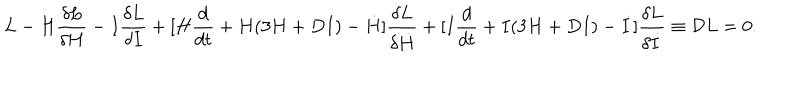
L - H { \frac { \delta L } { \delta H } } - I { \frac { \delta L } { \delta I } } + [ H { \frac { d } { d t } } + H ( 3 H + D I ) - \dot { H } ] { \frac { \delta L } { \delta \dot { H } } } + [ I { \frac { d } { d t } } + I ( 3 H + D I ) - \dot { I } ] { \frac { \delta L } { \delta \dot { I } } } \equiv { \cal D } L = 0 .